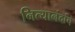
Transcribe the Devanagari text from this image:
नित्यानंदांचे